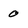
Character: 0